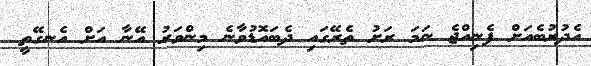
އެދުރުބެއަށް ފެނިއްޖެ ނަމަ ރަށު ތެރޭގައި ދެބައޮޑުވާނެ މިންވަރު އޭނާ އަށް އެނގޭތީ